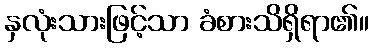
နှလုံးသားဖြင့်သာ ခံစားသိရှိရာ၏။